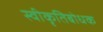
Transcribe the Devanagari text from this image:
स्वीकृतिबोधक